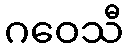
ဂဝေသီ